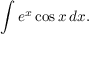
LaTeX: \int e ^ { x } \cos x \, d x .